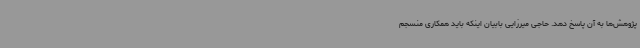
پژوهش‌ها به آن پاسخ دهد. حاجی میرزایی بابیان اینکه باید همکاری منسجم